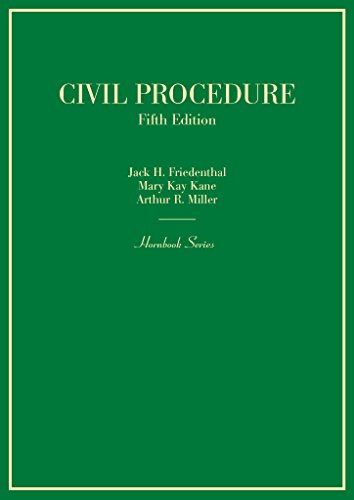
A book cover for Civil Procedure (Hornbook); Jack Friedenthal; Law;